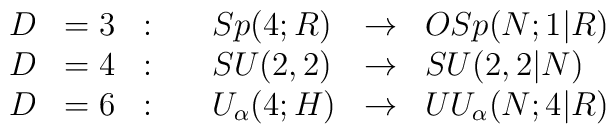
\begin{array}{llllll}\displaystyle D &= 3 &: \quad &Sp(4;R) &\to & OSp(N;1|R)\cr\displaystyle D &= 4 &: \quad &SU(2,2) &\to & SU(2,2|N)\cr\displaystyle D &= 6 &: \quad &U_{\alpha}(4;H) &\to & UU_{\alpha}(N;4|R)\end{array}